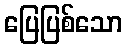
ပြေပြစ်သော